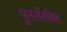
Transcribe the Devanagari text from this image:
पुनर्संरचित